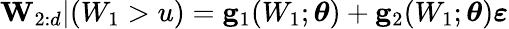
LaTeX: \mathbf{W}_{2:d}|(W_{1}>u)=\mathbf{g}_{1}(W_{1};\boldsymbol{\theta})+\mathbf{g}_{2}(W_{1};\boldsymbol{\theta})\boldsymbol{\varepsilon}